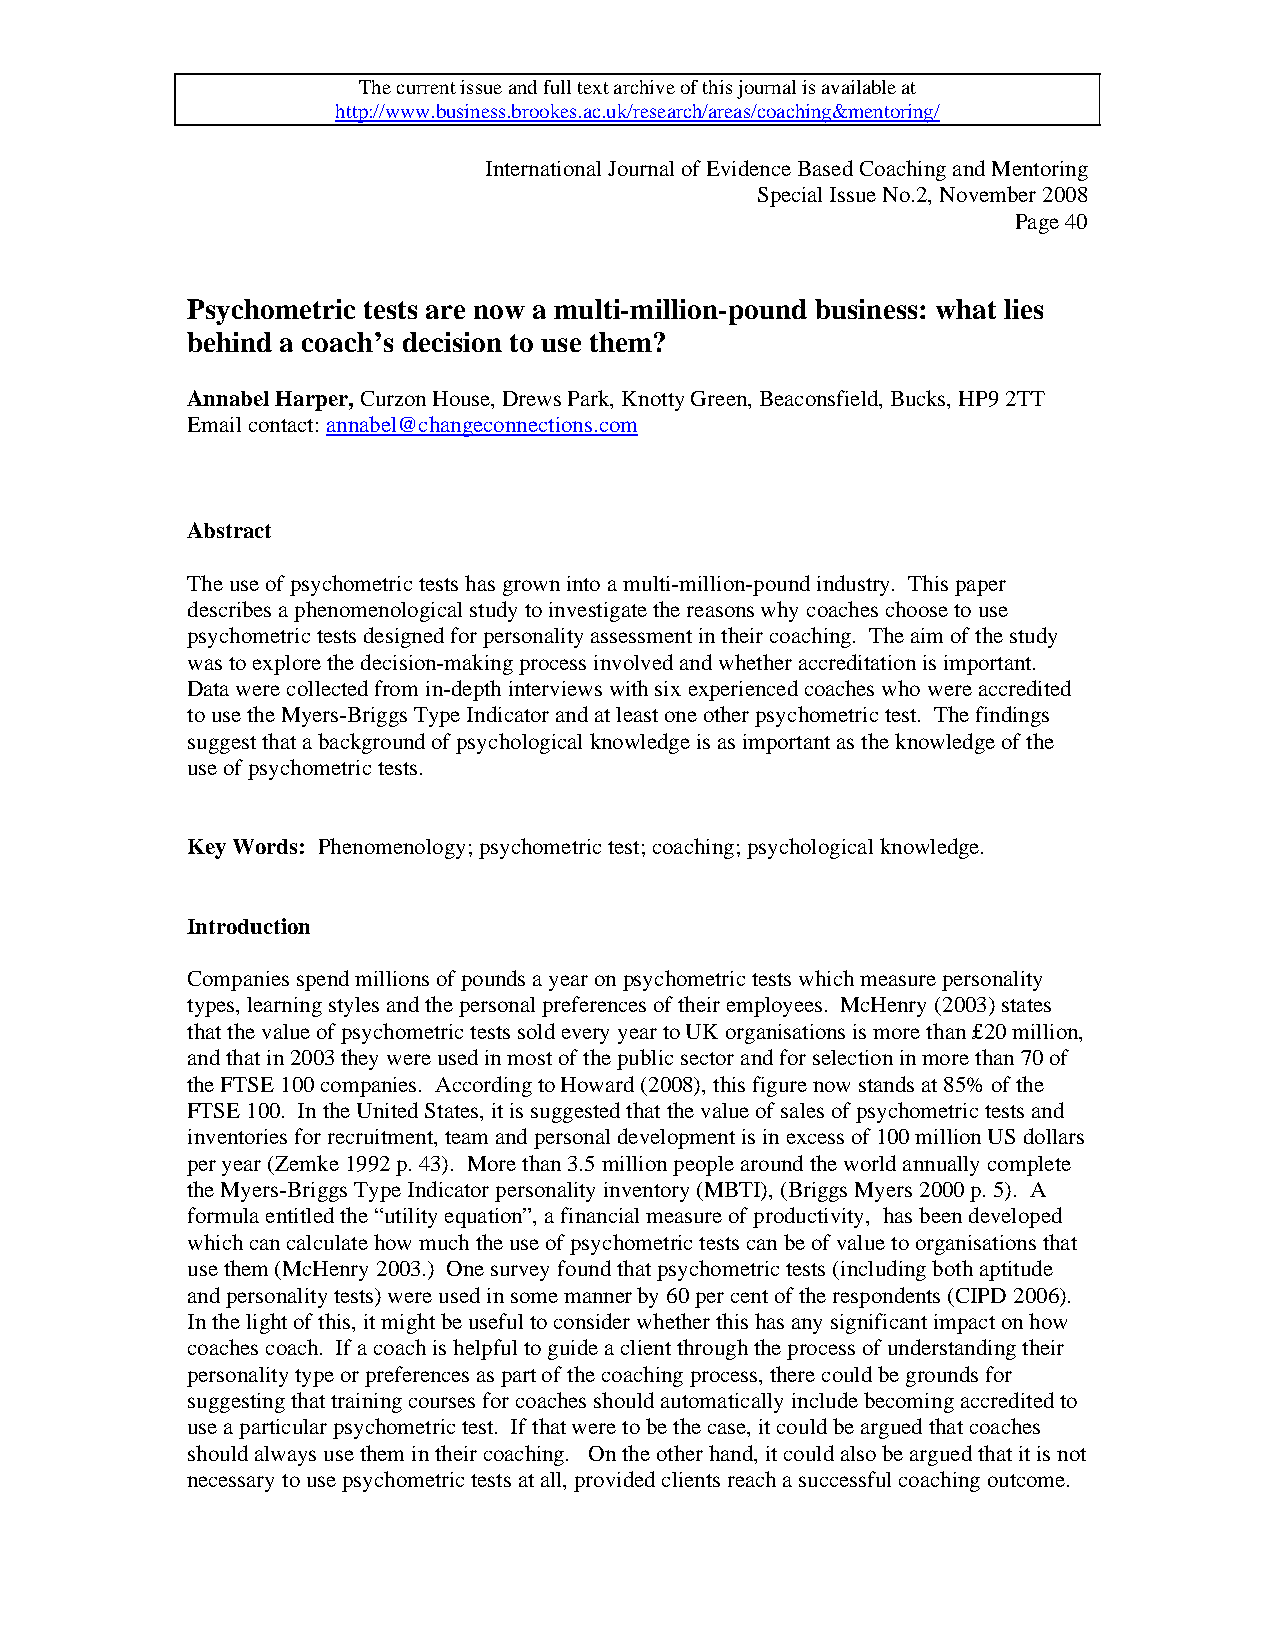
The current issue and full text archive of this journal is available at
 http://www.business.brookes.ac.uk/research/areas/coaching&mentoring/
 International Journal of Evidence Based Coaching and Mentoring
 Special Issue No.2, November 2008
 Page 40
 Psychometric tests are now a multi-million-pound business: what lies
 behind a coach’s decision to use them?
 Annabel Harper, Curzon House, Drews Park, Knotty Green, Beaconsfield, Bucks, HP9 2TT
 Email contact: annabel@changeconnections.com
 Abstract
 The use of psychometric tests has grown into a multi-million-pound industry. This paper
 describes a phenomenological study to investigate the reasons why coaches choose to use
 psychometric tests designed for personality assessment in their coaching. The aim of the study
 was to explore the decision-making process involved and whether accreditation is important.
 Data were collected from in-depth interviews with six experienced coaches who were accredited
 to use the Myers-Briggs Type Indicator and at least one other psychometric test. The findings
 suggest that a background of psychological knowledge is as important as the knowledge of the
 use of psychometric tests.
 Key Words: Phenomenology; psychometric test; coaching; psychological knowledge.
 Introduction
 Companies spend millions of pounds a year on psychometric tests which measure personality
 types, learning styles and the personal preferences of their employees. McHenry (2003) states
 that the value of psychometric tests sold every year to UK organisations is more than £20 million,
 and that in 2003 they were used in most of the public sector and for selection in more than 70 of
 the FTSE 100 companies. According to Howard (2008), this figure now stands at 85% of the
 FTSE 100. In the United States, it is suggested that the value of sales of psychometric tests and
 inventories for recruitment, team and personal development is in excess of 100 million US dollars
 per year (Zemke 1992 p. 43). More than 3.5 million people around the world annually complete
 the Myers-Briggs Type Indicator personality inventory (MBTI), (Briggs Myers 2000 p. 5). A
 formula entitled the “utility equation”, a financial measure of productivity, has been developed
 which can calculate how much the use of psychometric tests can be of value to organisations that
 use them (McHenry 2003.) One survey found that psychometric tests (including both aptitude
 and personality tests) were used in some manner by 60 per cent of the respondents (CIPD 2006).
 In the light of this, it might be useful to consider whether this has any significant impact on how
 coaches coach. If a coach is helpful to guide a client through the process of understanding their
 personality type or preferences as part of the coaching process, there could be grounds for
 suggesting that training courses for coaches should automatically include becoming accredited to
 use a particular psychometric test. If that were to be the case, it could be argued that coaches
 should always use them in their coaching. On the other hand, it could also be argued that it is not
 necessary to use psychometric tests at all, provided clients reach a successful coaching outcome.